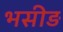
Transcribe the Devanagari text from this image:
भसीड़